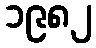
၁၉၈၂